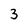
Character: 3